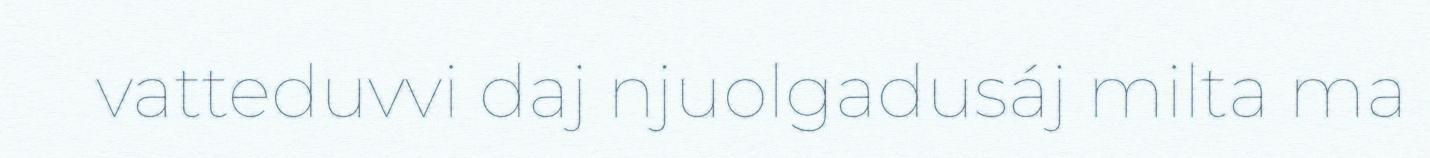
vatteduvvi daj njuolgadusáj milta ma